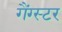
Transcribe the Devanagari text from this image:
गैंग्‍स्‍टर